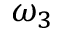
\omega _ { 3 }